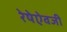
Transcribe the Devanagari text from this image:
रेषेऐवजी